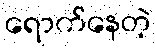
ရောက်နေတဲ့